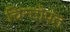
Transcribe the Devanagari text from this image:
चिन्तोपंत